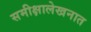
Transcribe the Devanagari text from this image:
समीक्षालेखनात